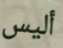
أليس